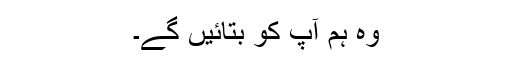
وہ ہم آپ کو بتائیں گے۔